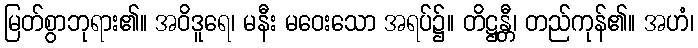
မြတ်စွာဘုရား၏။ အဝိဒူရေ၊ မနီး မဝေးသော အရပ်၌။ တိဋ္ဌန္တီ၊ တည်ကုန်၏။ အဟံ၊